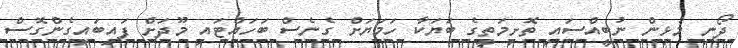
ދޯނި މުޅިން ނުބީއްސައި ތޮށިމަތީގެ ބަޔަކާ ހަމަޔަށް ގެނެސް ބަހައްޓައި މޫދަށް ފައިބައިގެންގޮސް